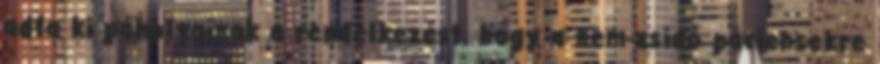
adta ki páholyainak a rendelkezést, hogy a nem-zsidó páciensekre